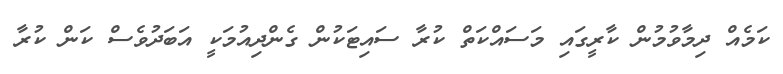
ކަމެއް ދިމާވުމުން ކާރީގައި މަސައްކަތް ކުރާ ސައިޓަކުން ގެންދިއުމަކީ އަބަދުވެސް ކަން ކުރާ